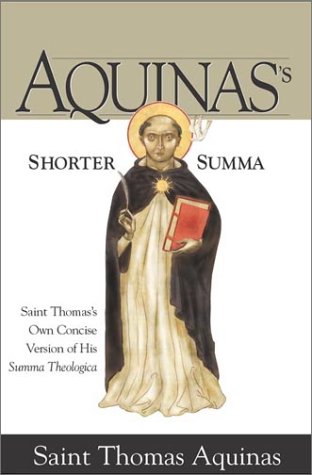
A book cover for Aquinas's Shorter Summa: Saint Thomas's Own Concise Version of His Summa Theologica; St. Thomas Aquinas; Christian Books & Bibles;